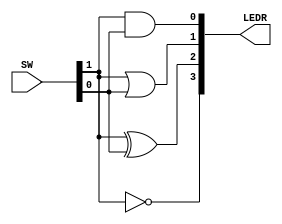
module gates(SW, LEDR);
input [1:0] SW;
output [3:0] LEDR;

assign LEDR[0] = SW[1] & SW[0];
assign LEDR[1] = SW[1] | SW[0];
assign LEDR[2] = SW[1] ^ SW[0];
assign LEDR[3] = ~SW[1];

endmodule //3:25 PM 30-MAR-18